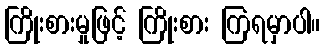
ကြိုးစားမှုဖြင့် ကြိုးစား ကြရမှာပါ။